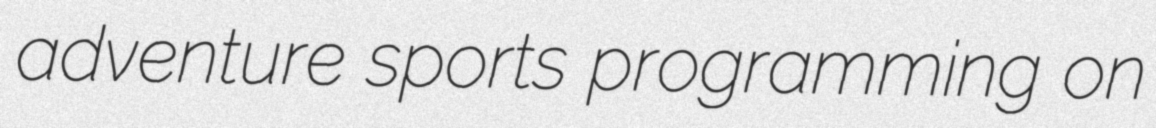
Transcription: adventure sports programming on